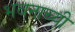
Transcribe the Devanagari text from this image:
भवनाच्यी